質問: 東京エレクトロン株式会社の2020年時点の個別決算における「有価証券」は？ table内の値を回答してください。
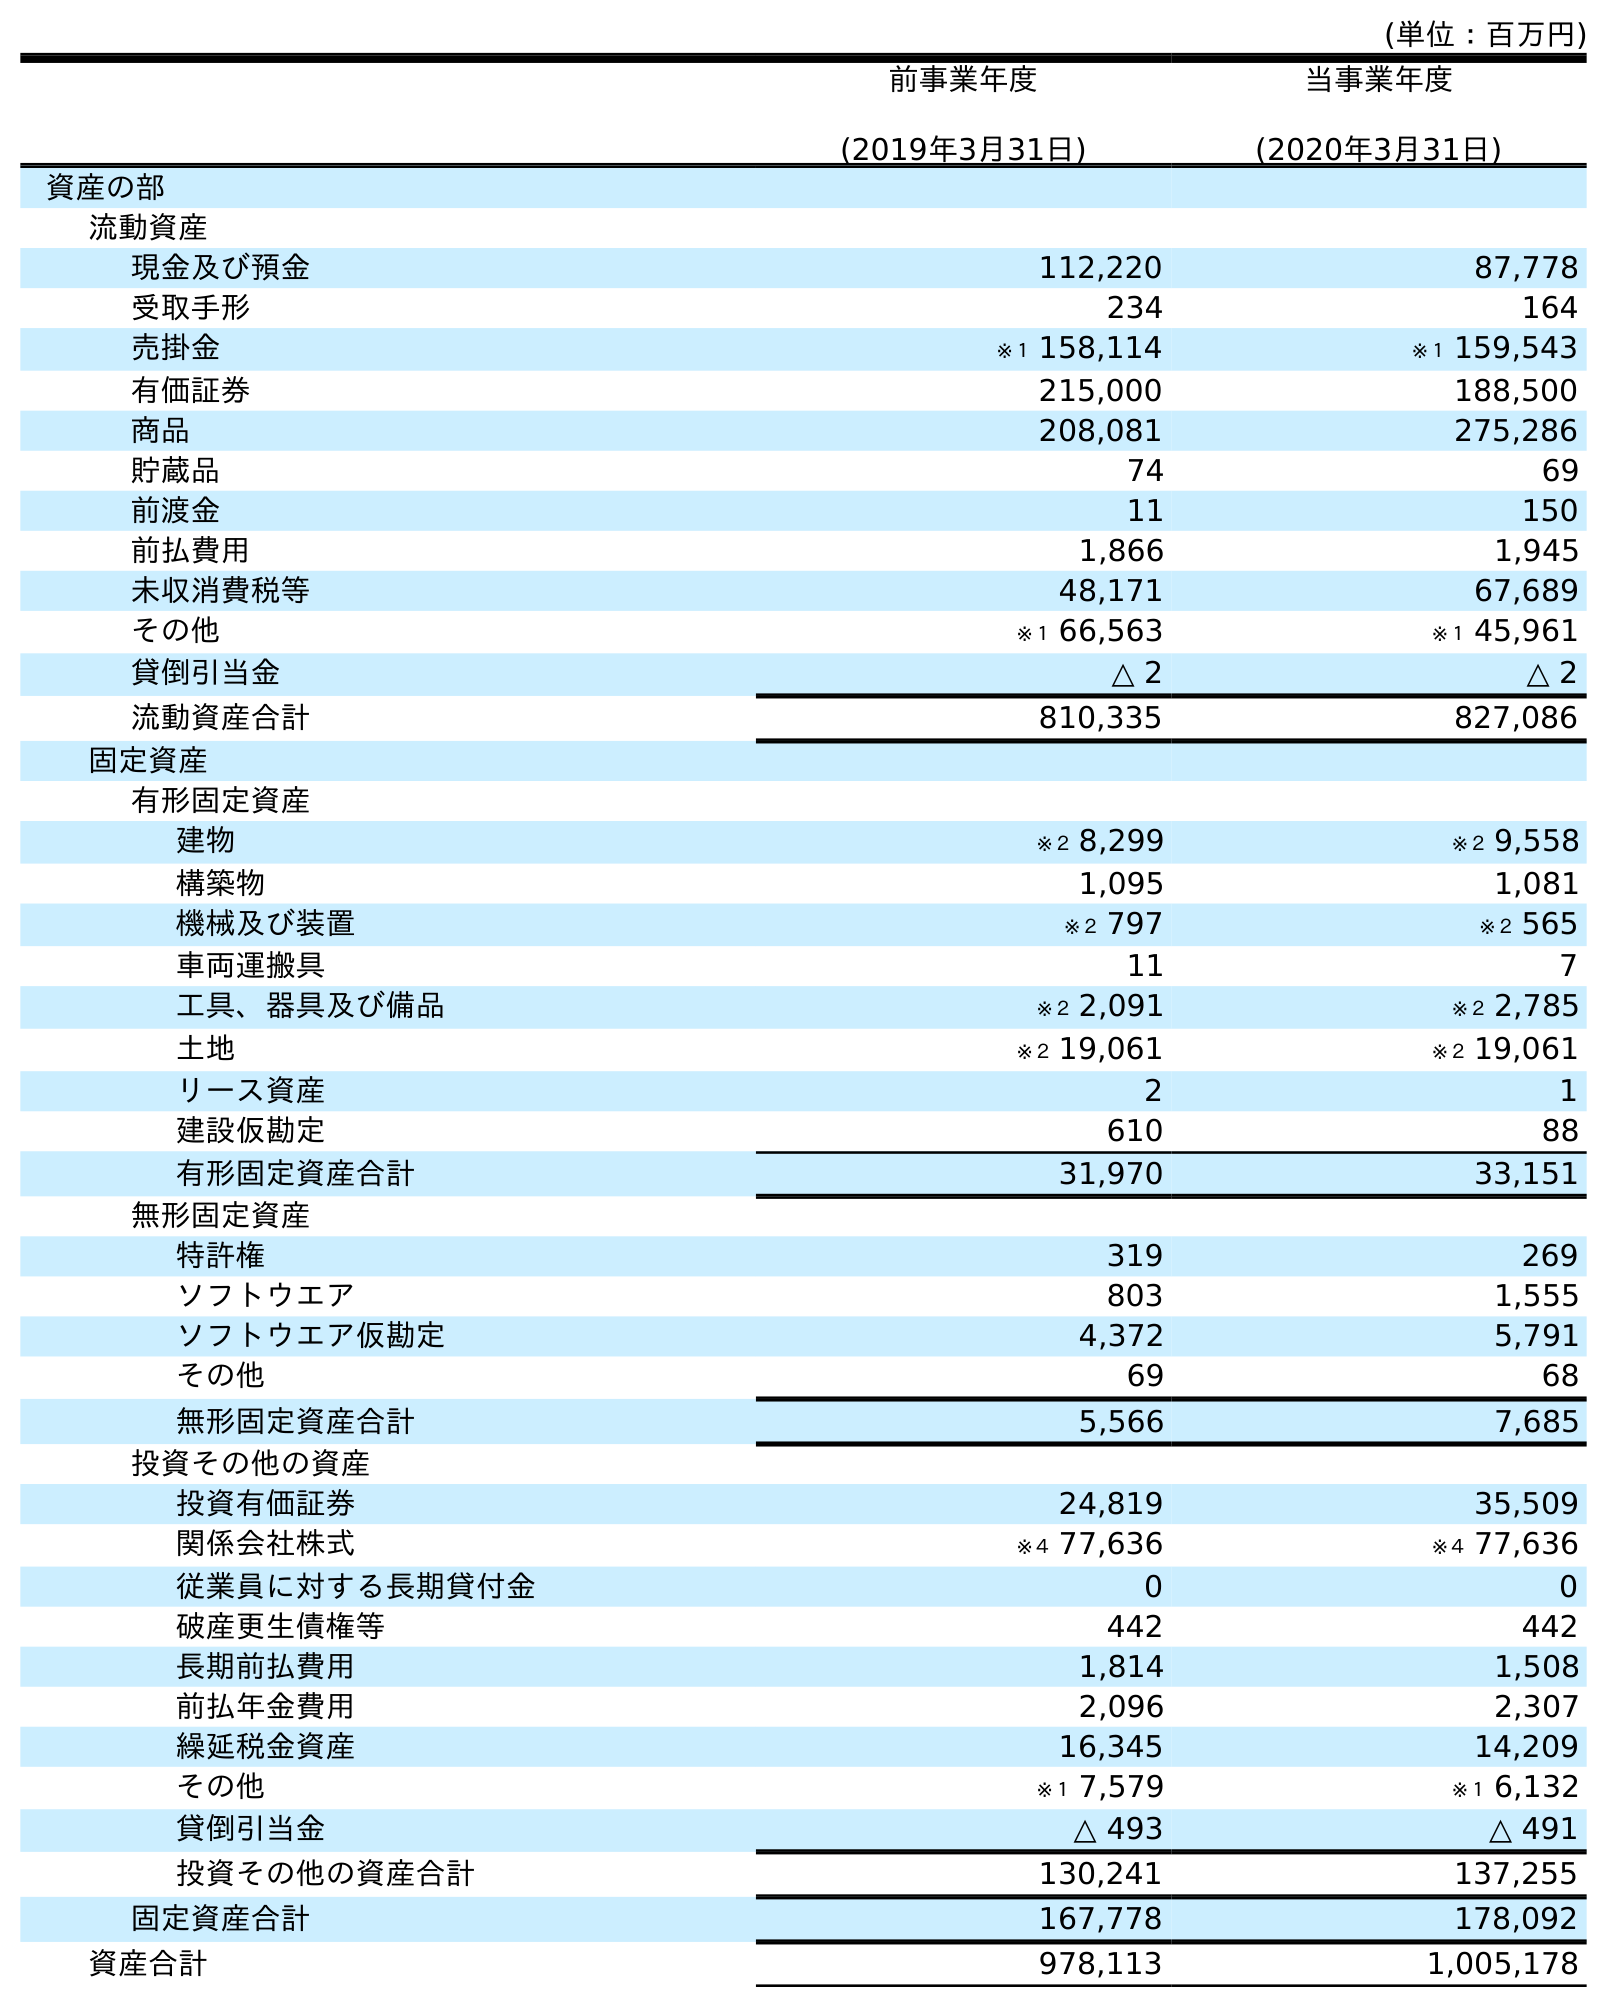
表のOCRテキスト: (単位：百万円) 前事業年度 (2019年3月31日) 当事業年度 (2020年3月31日) 資産の部 流動資産 現金及び預金 112,220 87,778 受取手形 234 164 売掛金 ※１ 158,114 ※１ 159,543 有価証券 215,000 188,500 商品 208,081 275,286 貯蔵品 74 69 前渡金 11 150 前払費用 1,866 1,945 未収消費税等 48,171 67,689 その他 ※１ 66,563 ※１ 45,961 貸倒引当金 △ 2 △ 2 流動資産合計 810,335 827,086 固定資産 有形固定資産 建物 ※２ 8,299 ※２ 9,558 構築物 1,095 1,081 機械及び装置 ※２ 797 ※２ 565 車両運搬具 11 7 工具、器具及び備品 ※２ 2,091 ※２ 2,785 土地 ※２ 19,061 ※２ 19,061 リース資産 2 1 建設仮勘定 610 88 有形固定資産合計 31,970 33,151 無形固定資産 特許権 319 269 ソフトウエア 803 1,555 ソフトウエア仮勘定 4,372 5,791 その他 69 68 無形固定資産合計 5,566 7,685 投資その他の資産 投資有価証券 24,819 35,509 関係会社株式 ※４ 77,636 ※４ 77,636 従業員に対する長期貸付金 0 0 破産更生債権等 442 442 長期前払費用 1,814 1,508 前払年金費用 2,096 2,307 繰延税金資産 16,345 14,209 その他 ※１ 7,579 ※１ 6,132 貸倒引当金 △ 493 △ 491 投資その他の資産合計 130,241 137,255 固定資産合計 167,778 178,092 資産合計 978,113 1,005,178
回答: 188,500